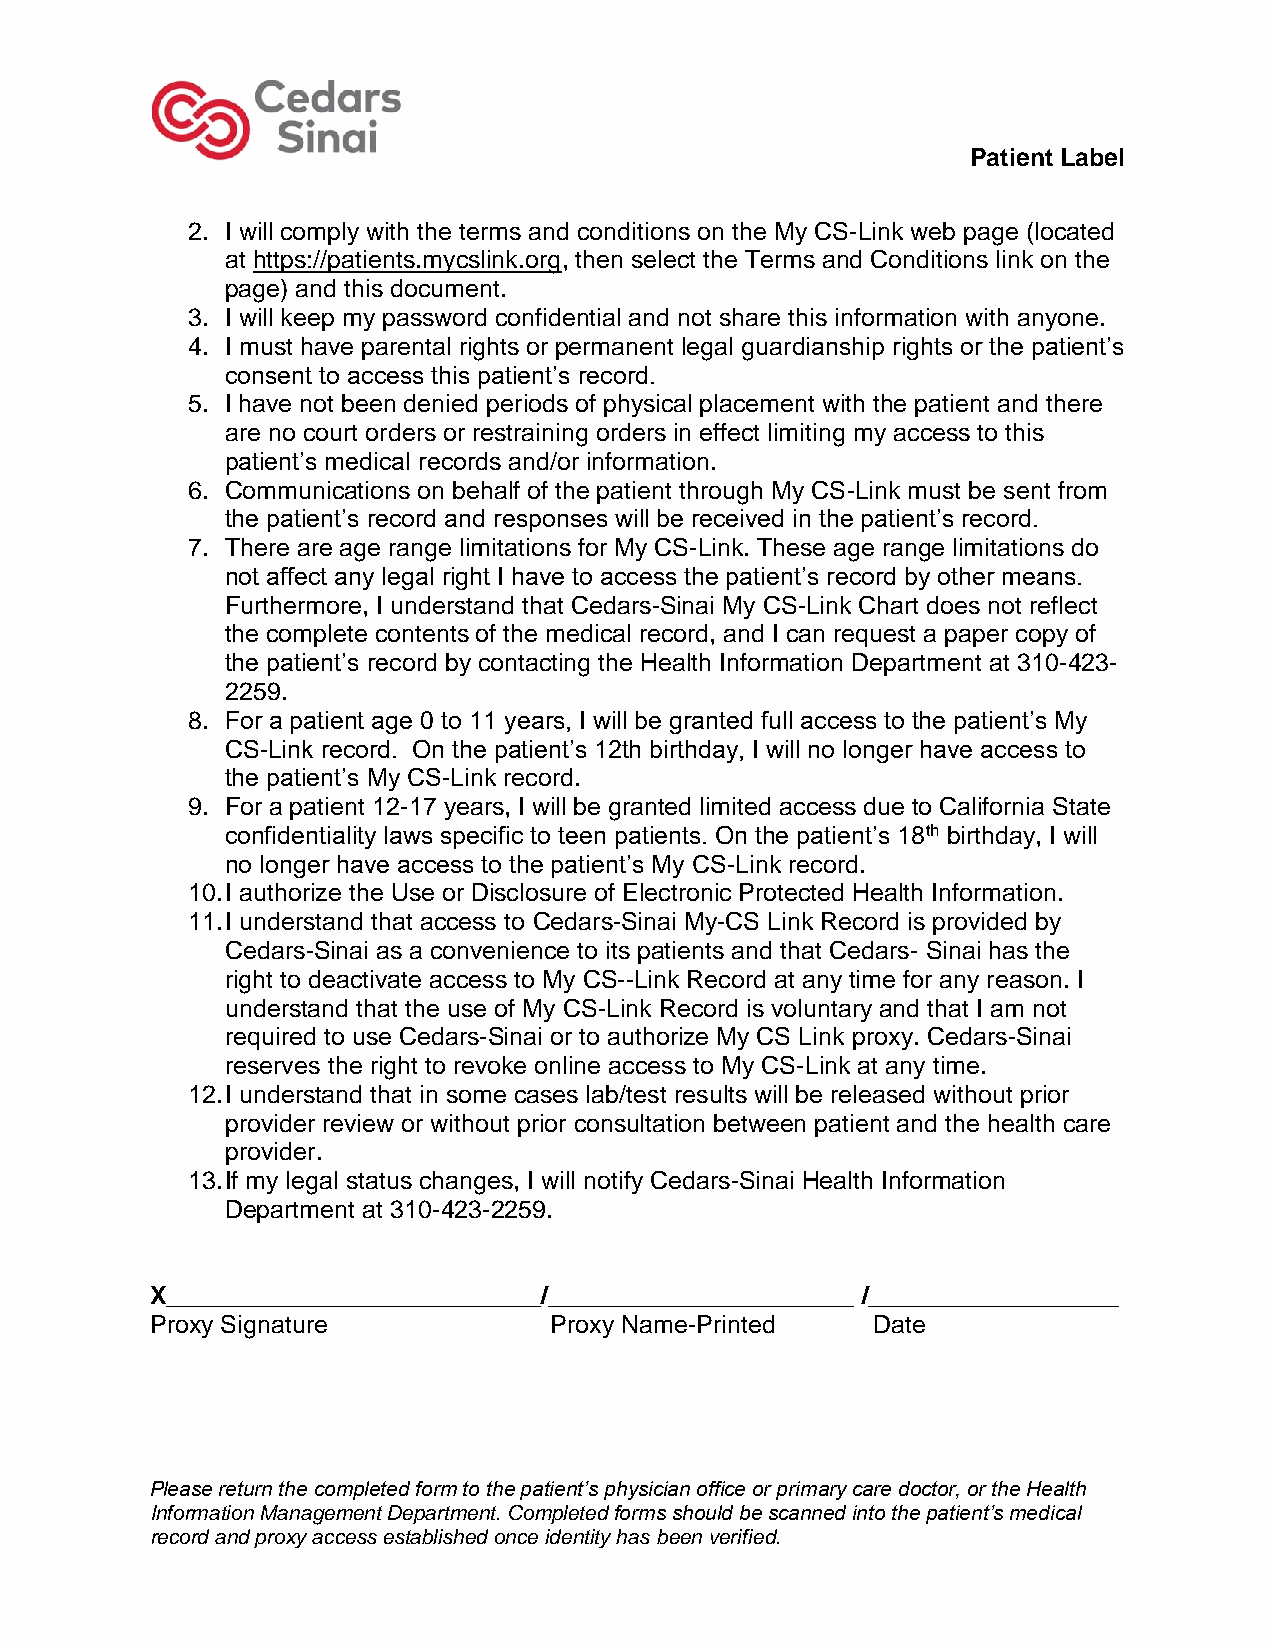
Patient Label
 2. I will comply with the terms and conditions on the My CS-Link web page (located
 at https://patients.mycslink.org, then select the Terms and Conditions link on the
 page) and this document.
 3. I will keep my password confidential and not share this information with anyone.
 4. I must have parental rights or permanent legal guardianship rights or the patient’s
 consent to access this patient’s record.
 5. I have not been denied periods of physical placement with the patient and there
 are no court orders or restraining orders in effect limiting my access to this
 patient’s medical records and/or information.
 6. Communications on behalf of the patient through My CS-Link must be sent from
 the patient’s record and responses will be received in the patient’s record.
 7. There are age range limitations for My CS-Link. These age range limitations do
 not affect any legal right I have to access the patient’s record by other means.
 Furthermore, I understand that Cedars-Sinai My CS-Link Chart does not reflect
 the complete contents of the medical record, and I can request a paper copy of
 the patient’s record by contacting the Health Information Department at 310-423-
 2259.
 8. For a patient age 0 to 11 years, I will be granted full access to the patient’s My
 CS-Link record. On the patient’s 12th birthday, I will no longer have access to
 the patient’s My CS-Link record.
 9. For a patient 12-17 years, I will be granted limited access due to California State
 confidentiality laws specific to teen patients. On the patient’s 18th birthday, I will
 no longer have access to the patient’s My CS-Link record.
 10. I authorize the Use or Disclosure of Electronic Protected Health Information.
 11. I understand that access to Cedars-Sinai My-CS Link Record is provided by
 Cedars-Sinai as a convenience to its patients and that Cedars- Sinai has the
 right to deactivate access to My CS--Link Record at any time for any reason. I
 understand that the use of My CS-Link Record is voluntary and that I am not
 required to use Cedars-Sinai or to authorize My CS Link proxy. Cedars-Sinai
 reserves the right to revoke online access to My CS-Link at any time.
 12. I understand that in some cases lab/test results will be released without prior
 provider review or without prior consultation between patient and the health care
 provider.
 13. If my legal status changes, I will notify Cedars-Sinai Health Information
 Department at 310-423-2259.
 X___________________________/______________________ /__________________
 Proxy Signature           Proxy Name-Printed    Date
 Please return the completed form to the patient’s physician office or primary care doctor, or the Health
 Information Management Department. Completed forms should be scanned into the patient’s medical
 record and proxy access established once identity has been verified.